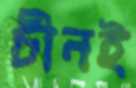
চীনই